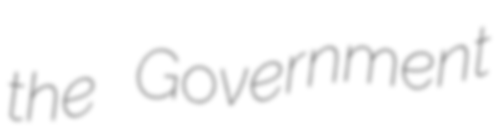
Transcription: the Government